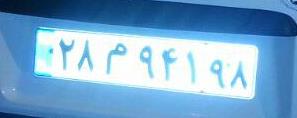
۲۸م۹۴۱۹۸